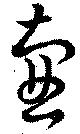
壺